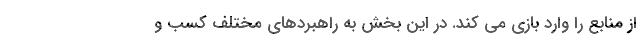
از منابع را وارد بازی می کند. در این بخش به راهبردهای مختلف کسب و